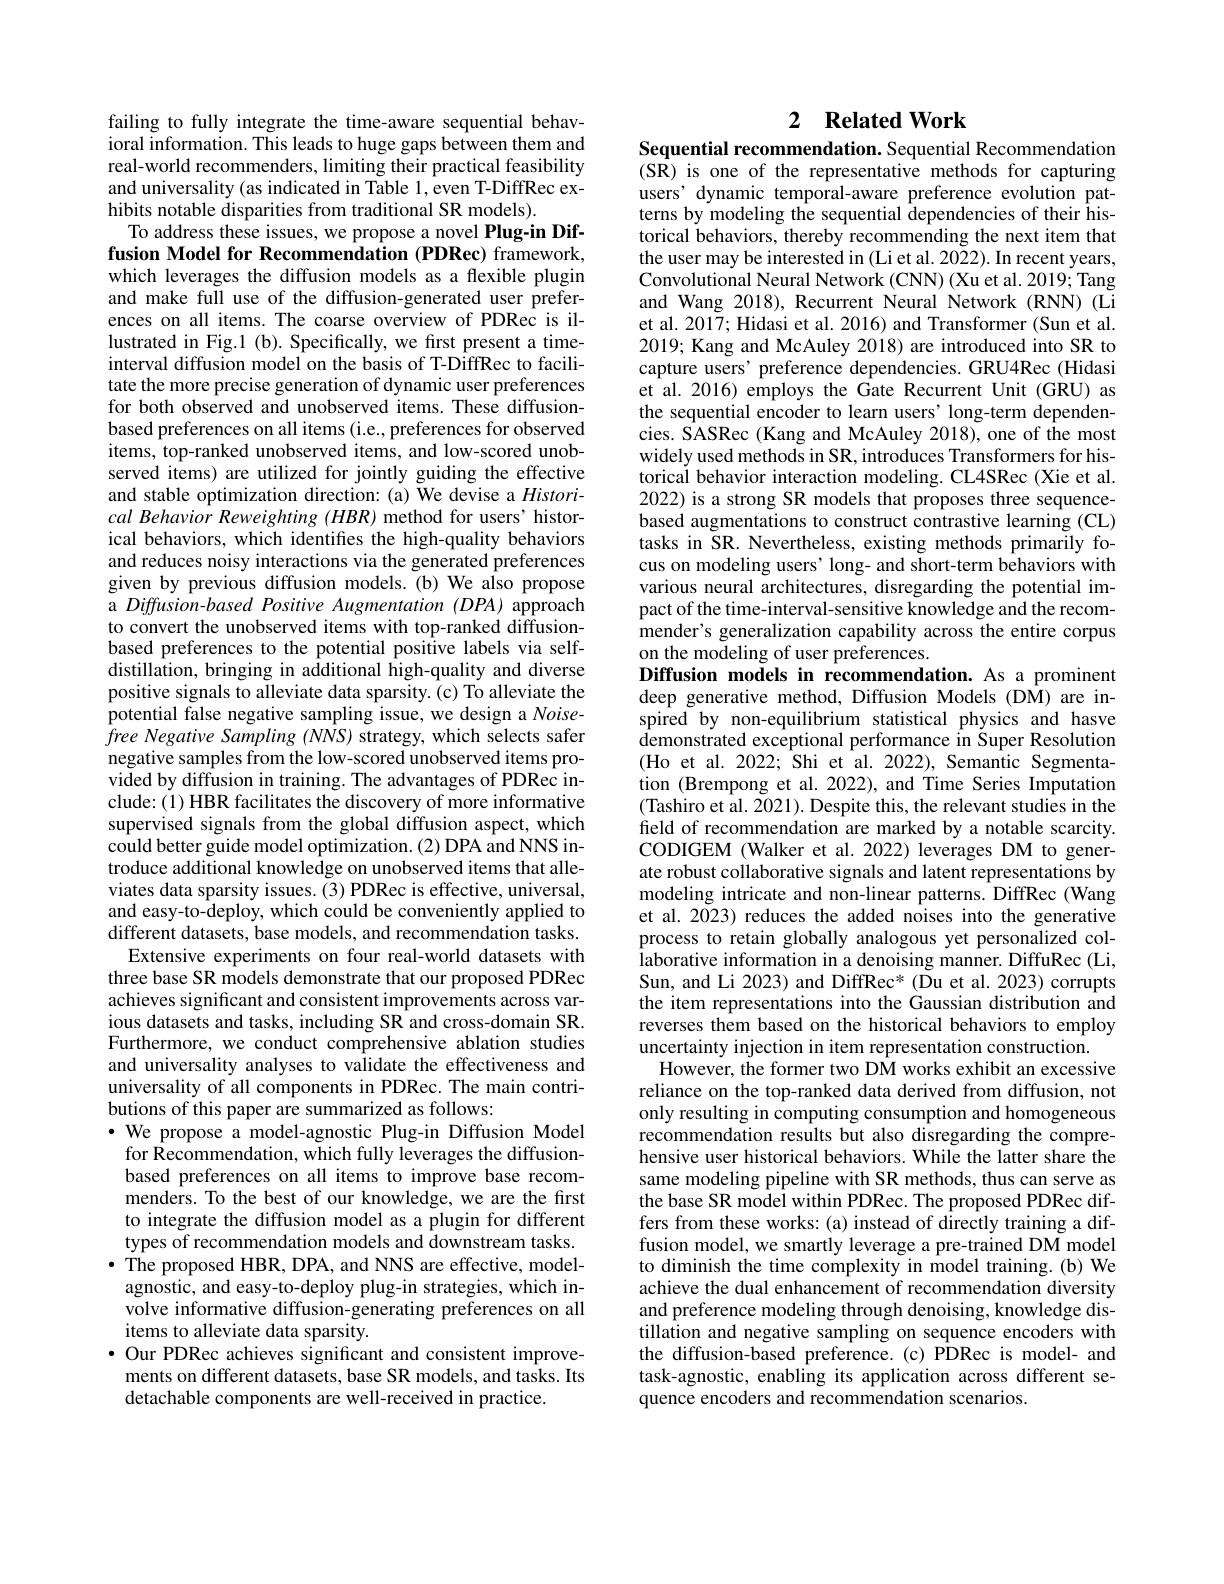
failing to fully integrate the time-aware sequential behavioral information. This leads to huge gaps between them and real-world recommenders, limiting their practical feasibility and universality (as indicated in Table 1, even T-DiffRec exhibits notable disparities from traditional SR models).
To address these issues, we propose a novel Plug-in Diffusion Model for Recommendation (PDRec) framework which leverages the diffusion models as a flexible plugin and make full use of the diffusion-generated user preferences on all items. The coarse overview of PDRec is illustrated in Fig.1 (b). Specifically, we first present a timeinterval diffusion model on the basis of T-DiffRec to facilitate the more precise generation of dynamic user preferences for both observed and unobserved items. These diffusionbased preferences on all items (i.e., preferences for observed items, top-ranked unobserved items, and low-scored unobserved items) are utilized for jointly guiding the effective and stable optimization direction: (a) We devise a $Histori-$ cal Behavior Reweighting (HBR) method for users' historical behaviors, which identifes the high-quality behaviors and reduces noisy interactions via the generated preferences given by previous diffusion models.(b) We also propose a Diffusion-based Positive Augmentation (DPA) approach to convert the unobserved items with top-ranked diffusionbased preferences to the potential positive labels via selfdistillation, bringing in additional high-quality and diverse positive signals to alleviate data sparsity. (c) To alleviate the potential false negative sampling issue, we design a Noise- $jree~Negative~Sampling~(NNS)~strategy,~which~selects~safer$ negative samples from the low-scored unobserved items provided by diffusion in training. The advantages of PDRec include: (1) HBR facilitates the discovery of more informative supervised signals from the global diffusion aspect, which could better guide model optimization.(2) DPA and NNS introduce additional knowledge on unobserved items that alleviates data sparsity issues.(3) PDRec is effective, universal, and easy-to-deploy, which could be conveniently applied to different datasets, base models, and recommendation tasks.
Extensive experiments on four real-world datasets with three base SR models demonstrate that our proposed PDRec achieves significant and consistent improvements across various datasets and tasks, including SR and cross-domain SR. Furthermore, we conduct comprehensive ablation studies and universality analyses to validate the effectiveness and universality of all components in PDRec. The main contributions of this paper are summarized as follows:
$\cdot$ We propose a model-agnostic Plug-in Diffusion Model for Recommendation, which fully leverages the diffusionbased preferences on all items to improve base recommenders. To the best of our knowledge, we are the first to integrate the diffusion model as a plugin for different types of recommendation models and downstream tasks. $\bullet$ The proposed HBR, DPA, and NNS are effective, model-
agnostic, and easy-to-deploy plug-in strategies, which involve informative diffusion-generating preferences on all items to alleviate data sparsity.
·Our PDRec achieves significant and consistent improvements on different datasets, base SR models, and tasks. Its detachable components are well-received in practice.

## 2 $\textbf{Related Work}$ Sequential recommendation. Sequential Recommendation

(SR) is one of the representative methods for capturing users' dynamic temporal-aware preference evolution patterns by modeling the sequential dependencies of their historical behaviors, thereby recommending the next item that the user may be interested in (Li et al. 2022). In recent years, Convolutional Neural Network (CNN) (Xu et al. 2019; Tang and Wang 2018), Recurrent Neural Network (RNN) (Li et al. 2017; Hidasi et al. 2016) and Transformer (Sun et al. 2019; Kang and McAuley 2018) are introduced into SR to capture users' preference dependencies. GRU4Rec (Hidasi et al.2016) employs the Gate Recurrent Unit (GRU) as the sequential encoder to learn users' long-term dependencies. SASRec (Kang and McAuley 2018), one of the most widely used methods in SR, introduces Transformers for historical behavior interaction modeling. CL4SRec (Xie et al. 2022) is a strong SR models that proposes three sequencebased augmentations to construct contrastive learning (CL) tasks in SR. Nevertheless, existing methods primarily focus on modeling users' long- and short-term behaviors with various neural architectures, disregarding the potential impact of the time-interval-sensitive knowledge and the recommender's generalization capability across the entire corpus on the modeling of user preferences.
Diffusion models in recommendation. As a prominent deep generative method, Diffusion Models (DM) are inspired by non-equilibrium statistical physics and hasve demonstrated exceptional performance in Super Resolution (Ho et al.2022; Shi et al. 2022), Semantic Segmentation (Brempong et al. 2022), and Time Series Imputation (Tashiro et al. 2021). Despite this, the relevant studies in the field of recommendation are marked by a notable scarcity. CODIGEM (Walker et al.2022) leverages DM to generate robust collaborative signals and latent representations by modeling intricate and non-linear patterns. DiffRec (Wang et al. 2023) reduces the added noises into the generative process to retain globally analogous yet personalized collaborative information in a denoising manner. DiffuRec (Li, Sun, and Li 2023) and DiffRec* (Du et al. 2023) corrupts the item representations into the Gaussian distribution and reverses them based on the historical behaviors to employ uncertainty injection in item representation construction.
However, the former two D$\hat{\text{M works exhibit an excessive}}$ reliance on the top-ranked data derived from diffusion, not only resulting in computing consumption and homogeneous recommendation results but also disregarding the comprehensive user historical behaviors. While the latter share the same modeling pipeline with SR methods, thus can serve as the base SR model within PDRec. The proposed PDRec differs from these works: (a) instead of directly training a diffusion model, we smartly leverage a pre-trained DM model to diminish the time complexity in model training. (b) We achieve the dual enhancement of recommendation diversity and preference modeling through denoising, knowledge distillation and negative sampling on sequence encoders with the diffusion-based preference.(c) PDRec is model- and task-agnostic, enabling its application across different sequence encoders and recommendation scenarios.